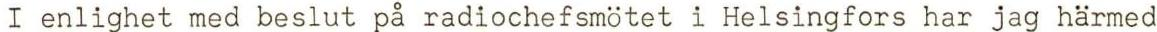
I enlighet med beslut på radiochefsmötet i Helsingfors har jag härmed